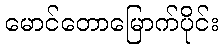
မောင်တောမြောက်ပိုင်း